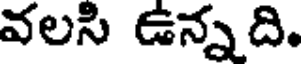
వలసి ఉన్నది.